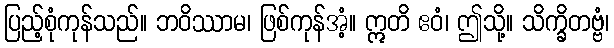
ပြည့်စုံကုန်သည်။ ဘဝိဿာမ၊ ဖြစ်ကုန်အံ့။ ဣတိ ဧဝံ၊ ဤသို့။ သိက္ခိတဗ္ဗံ၊